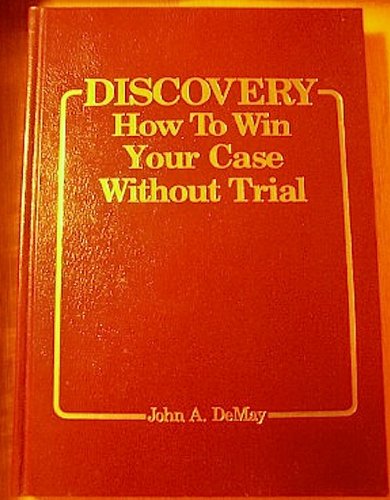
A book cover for Discovery: How to Win Your Case Without Trial; John A. Demay; Law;